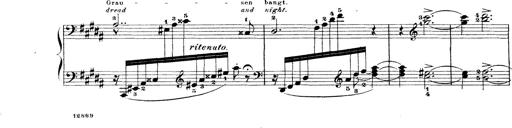
Title: Wagner-Liszt Album
Composer: Franz Liszt